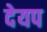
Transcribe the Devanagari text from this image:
देयप